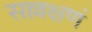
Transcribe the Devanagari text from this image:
सल्लक्षणं